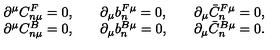
\begin{array} { c c c } { \partial ^ { \mu } C _ { n \mu } ^ { F } = 0 , } & { \quad \partial _ { \mu } b _ { n } ^ { F \mu } = 0 , } & { \quad \partial _ { \mu } \bar { C } _ { n } ^ { F \mu } = 0 , } \\ { \partial ^ { \mu } C _ { n \mu } ^ { B } = 0 , } & { \quad \partial _ { \mu } b _ { n } ^ { B \mu } = 0 , } & { \quad \partial _ { \mu } \bar { C } _ { n } ^ { B \mu } = 0 . } \\ \end{array}